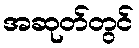
အဆုတ်တွင်